Juvenile offences, 1941
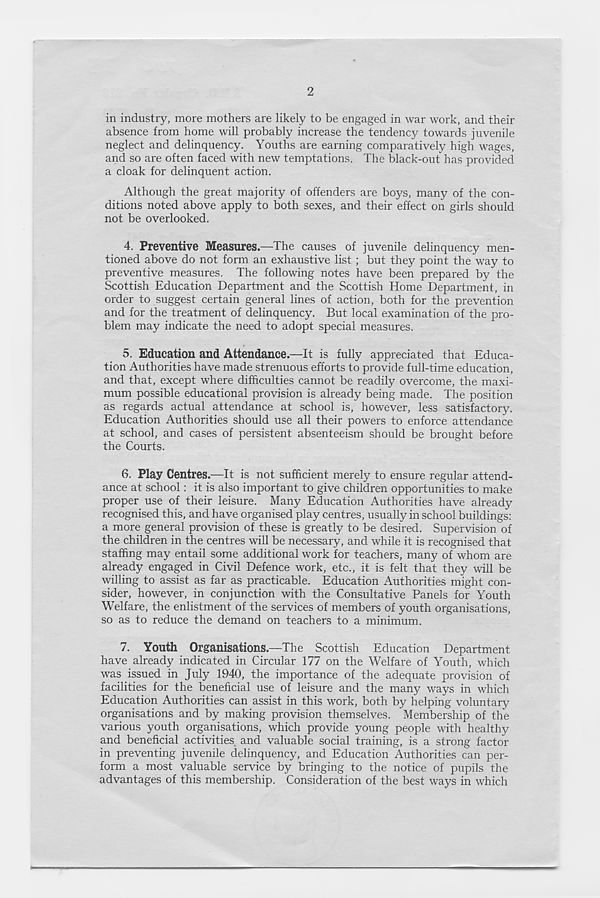
2
in industry, more mothers are likely to be engaged in war work, and their
absence from home will probably increase the tendency towards juvenile
neglect and delinquency. Youths are earning comparatively high wages,
and so are often faced with new temptations. The black-out has provided
a cloak for delinquent action.
Although the great majority of offenders are boys, many of the con-
ditions noted above apply to both sexes, and their effect on girls should
not be overlooked.
4. Preventive Measures.—The causes of juvenile delinquency men-
tioned above do not form an exhaustive list; but they point the way to
preventive measures. The following notes have been prepared by the
Scottish Education Department and the Scottish Home Department, in
order to suggest certain general lines of action, both for the prevention
and for the treatment of delinquency. But local examination of the pro-
blem may indicate the need to adopt special measures.
5. Education and Attendance.—It is fully appreciated that Educa-
tion Authorities have made strenuous efforts to provide full-time education,
and that, except where difficulties cannot be readily overcome, the maxi-
mum possible educational provision is already being made. The position
as regards actual attendance at school is, however, less satisfactory.
Education Authorities should use all their powers to enforce attendance
at school, and cases of persistent absenteeism should be brought before
the Courts.
6. Play Centres.—It is not sufficient merely to ensure regular attend-
ance at school: it is also important to give children opportunities to make
proper use of their leisure. Many Education Authorities have already
recognised this, and have organised play centres, usually in school buildings:
a more general provision of these is greatly to be desired. Supervision of
the children in the centres will be necessary, and while it is recognised that
staffing may entail some additional work for teachers, many of whom are
already engaged in Civil Defence work, etc., it is felt that they will be
willing to assist as far as practicable. Education Authorities might con-
sider, however, in conjunction with the Consultative Panels for Youth
Welfare, the enlistment of the services of members of youth organisations,
so as to reduce the demand on teachers to a minimum.
7. Youth Organisations.—The Scottish Education Department
have already indicated in Circular 177 on the Welfare of Youth, which
was issued in July 1940, the importance of the adequate provision of
facilities for the beneficial use of leisure and the many ways in which
Education Authorities can assist in this work, both by helping voluntary
organisations and by making provision themselves. Membership of the
various youth organisations, which provide young people with "healthy
and beneficial activities and valuable social training, is a strong factor
in preventing juvenile delinquency, and Education Authorities can per-
form a most valuable service by bringing to the notice of pupils the
advantages of this membership. Consideration of the best ways in which